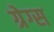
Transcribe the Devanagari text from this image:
ग्रेग्स